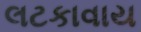
લટકાવાય